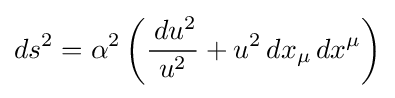
ds^{2}=\alpha ^{2}\left({\frac {\,du^{2}}{u^{2}}}+u^{2}\,dx_{\mu }\,dx^{\mu }\right)